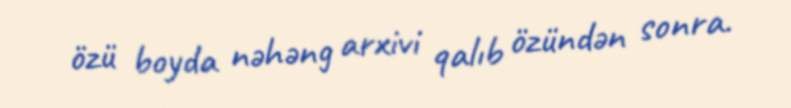
özü boyda nəhəng arxivi qalıb özündən sonra.